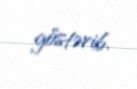
göstərib.